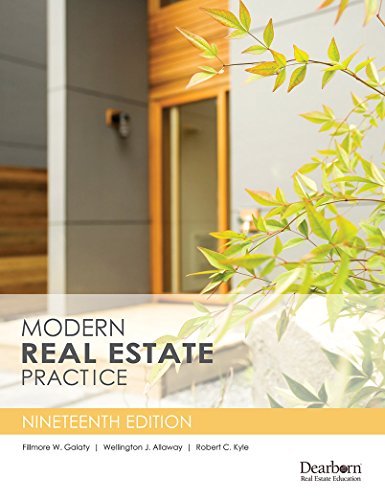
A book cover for Modern Real Estate Practice, 19th Edition; Fillmore W. Galaty; Business & Money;